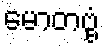
မောတဗ္ဗံ